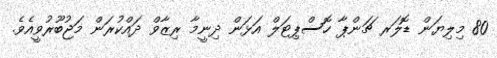
80 މިލިޔަން ޑޮލަރ ޗަންޕާ ހޮސްޕިޓަލް އަޅަން ދިނީމާ ރިޒާވް ދައްކުރަން މަޖުބޫރުވީއެވެ.